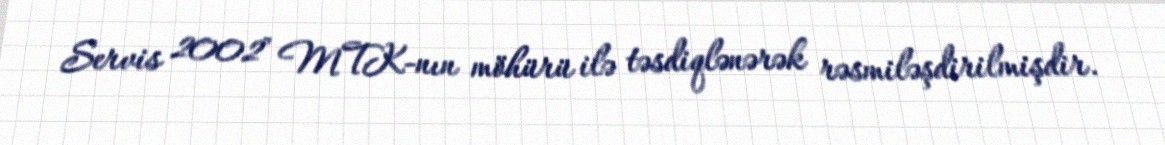
Servis 2002" MTK-nın möhürü ilə təsdiqlənərək rəsmiləşdirilmişdir.